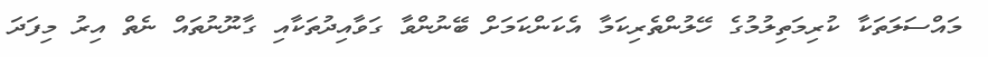
މައްސަލަތަކާ ކުރިމަތިލުމުގެ ހޭލުންތެރިކަމާ އެކަންކަމަށް ބޭނުންވާ ގަވާއިދުތަކާއި ގާނޫނުތައް ނެތް އިރު މިފަދަ